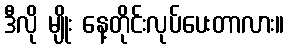
ဒီလို မျိုး နေ့တိုင်းလုပ်ပေးတာလား။